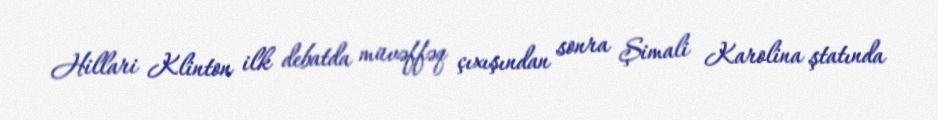
Hillari Klinton ilk debatda müvəffəq çıxışından sonra Şimali Karolina ştatında